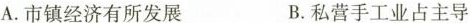
A.市镇经济有所发展 B.私营手工业占主导